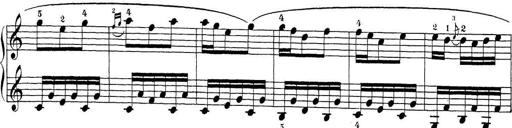
Title: Sonatina Album
Composer: Louis KÃ¶hler